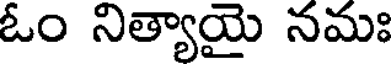
ఓం నిత్యాయై నమః